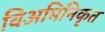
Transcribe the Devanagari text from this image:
विअमिनिकृत